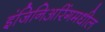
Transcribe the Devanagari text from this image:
इंजिनिअरिंगमधील